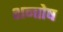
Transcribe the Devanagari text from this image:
शन्तोष